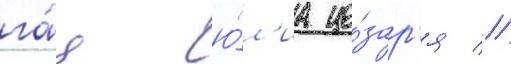
га́я ю́л'иа це́зар'я //